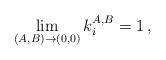
LaTeX: \begin{align*} \lim_{(A,B)\to (0,0)} k_i^{A,B}=1\,,\end{align*}